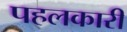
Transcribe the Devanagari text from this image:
पहलकारी